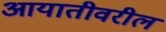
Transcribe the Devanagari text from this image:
आयातीवरील